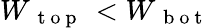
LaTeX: W_{\mathrm{~{~t~o~p~}~}}<W_{\mathrm{~{~b~o~t~}~}}